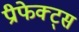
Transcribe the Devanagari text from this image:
प्रीफेक्ट्स